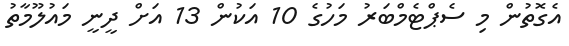
އެގޮތުން މި ސެޕްޓެމްބަރު މަހުގެ 10 އަކުން 13 އަށް ދީނީ މައުލޫމާތު